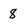
Character: 8